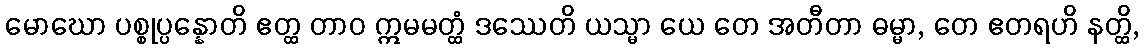
မောဃော ပစ္စုပ္ပန္နောတိ ဧတ္ထ တာဝ ဣမမတ္ထံ ဒဿေတိ ယသ္မာ ယေ တေ အတီတာ ဓမ္မာ, တေ ဧတရဟိ နတ္ထိ,